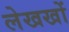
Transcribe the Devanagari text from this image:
लेखखों